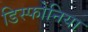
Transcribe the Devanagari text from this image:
डिस्फोनिया